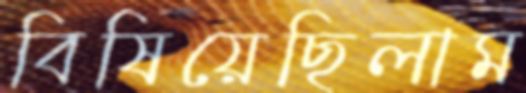
বিষিয়েছিলাম